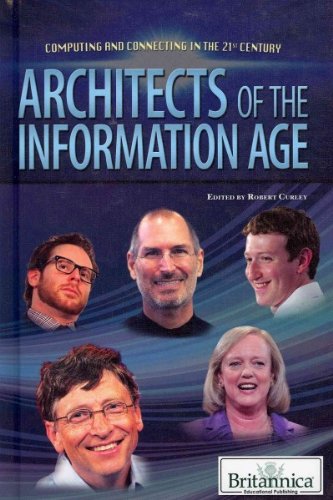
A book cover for Architects of the Information Age (Computing and Connecting in the 21st Century); Teen & Young Adult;